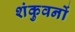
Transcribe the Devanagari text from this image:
शंकुवनों